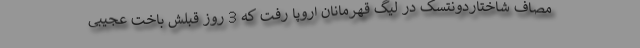
مصاف شاختاردونتسک در لیگ قهرمانان اروپا رفت که 3 روز قبلش باخت عجیبی